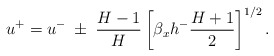
\begin{align*}u^+=u^- \; \pm \; \dfrac{H-1}{H} \left[\beta_x h^- \dfrac{H+1}{2}\right]^{1/2}.\end{align*}